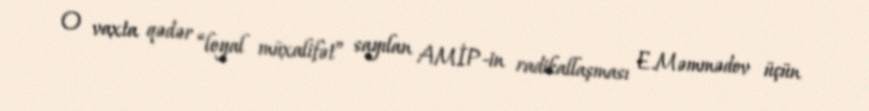
O vaxta qədər “loyal müxalifət” sayılan AMİP-in radikallaşması E.Məmmədov üçün